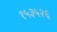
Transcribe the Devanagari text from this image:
१५३५२६